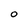
Character: O